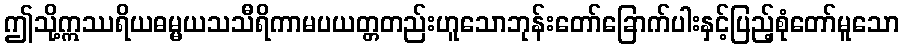
ဤသို့ဣဿရိယဓမ္မယသသီရိကာမပယတ္တတည်းဟူသောဘုန်းတော်ခြောက်ပါးနှင့်ပြည့်စုံတော်မူသော